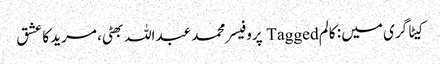
کیٹاگری میں : کالم Tagged پروفیسر محمد عبداللہ بھٹی، مرید کا عشق